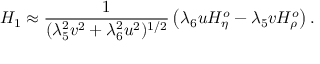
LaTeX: H _ { 1 } \approx \frac { 1 } { ( \lambda _ { 5 } ^ { 2 } v ^ { 2 } + \lambda _ { 6 } ^ { 2 } u ^ { 2 } ) ^ { 1 / 2 } } \left( \lambda _ { 6 } u H _ { \eta } ^ { o } - \lambda _ { 5 } v H _ { \rho } ^ { o } \right) .